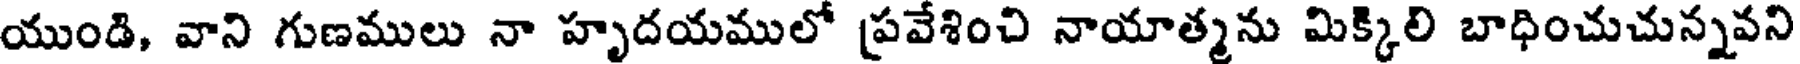
యుండి, వాని గుణములు నా హృదయములో ప్రవేశించి నాయాత్మను మిక్కిలి బాధించుచున్నవని